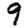
Digit: 9